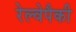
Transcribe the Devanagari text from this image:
रेल्वेपैकी